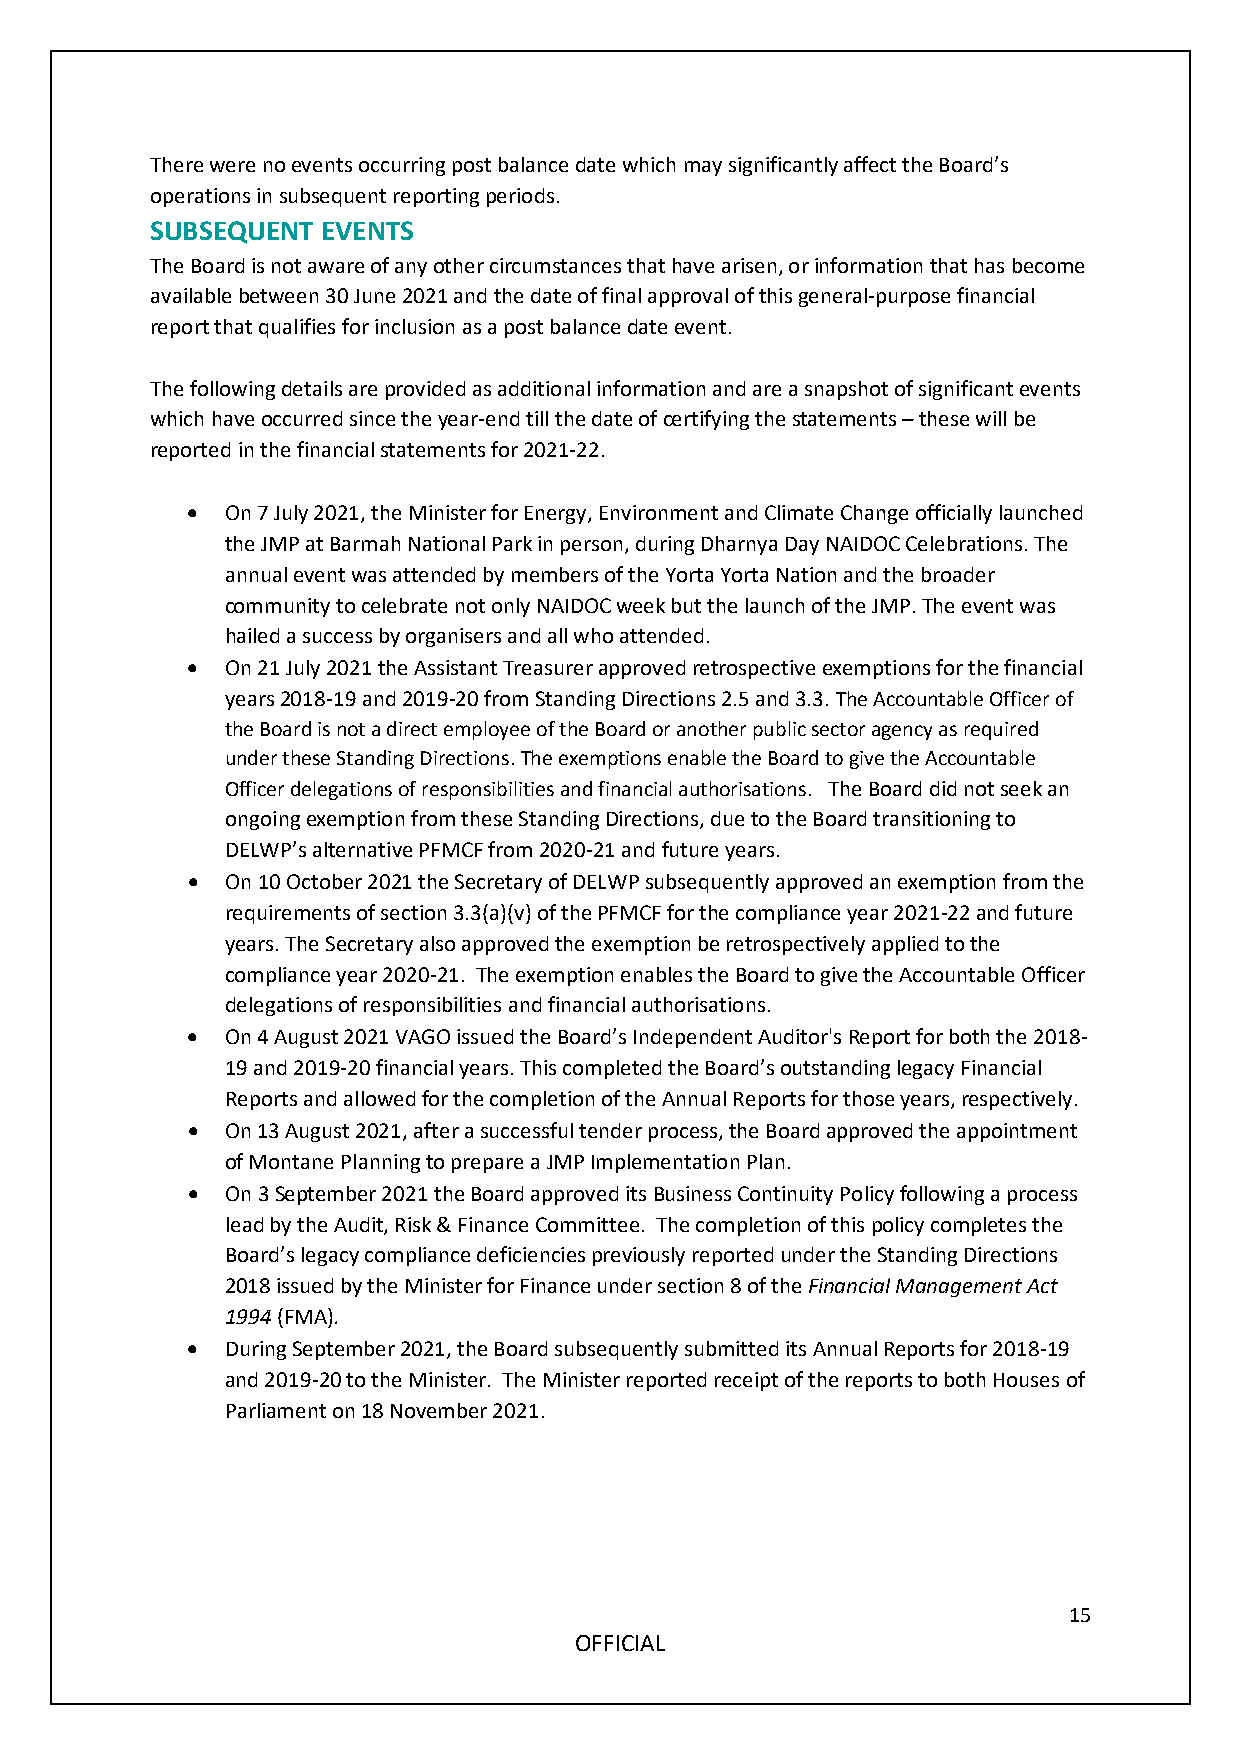
There were no events occurring post balance date which may significantly affect the Board’s
 operations in subsequent reporting periods.
 SUBSEQUENT EVENTS
 The Board is not aware of any other circumstances that have arisen, or information that has become
 available between 30 June 2021 and the date of final approval of this general-purpose financial
 report that qualifies for inclusion as a post balance date event.
 The following details are provided as additional information and are a snapshot of significant events
 which have occurred since the year-end till the date of certifying the statements – these will be
 reported in the financial statements for 2021-22.
 •  On 7 July 2021, the Minister for Energy, Environment and Climate Change officially launched
 the JMP at Barmah National Park in person, during Dharnya Day NAIDOC Celebrations. The
 annual event was attended by members of the Yorta Yorta Nation and the broader
 community to celebrate not only NAIDOC week but the launch of the JMP. The event was
 hailed a success by organisers and all who attended.
 •  On 21 July 2021 the Assistant Treasurer approved retrospective exemptions for the financial
 years 2018-19 and 2019-20 from Standing Directions 2.5 and 3.3. The Accountable Officer of
 the Board is not a direct employee of the Board or another public sector agency as required
 under these Standing Directions. The exemptions enable the Board to give the Accountable
 Officer delegations of responsibilities and financial authorisations. The Board did not seek an
 ongoing exemption from these Standing Directions, due to the Board transitioning to
 DELWP’s alternative PFMCF from 2020-21 and future years.
 •  On 10 October 2021 the Secretary of DELWP subsequently approved an exemption from the
 requirements of section 3.3(a)(v) of the PFMCF for the compliance year 2021-22 and future
 years. The Secretary also approved the exemption be retrospectively applied to the
 compliance year 2020-21. The exemption enables the Board to give the Accountable Officer
 delegations of responsibilities and financial authorisations.
 •  On 4 August 2021 VAGO issued the Board’s Independent Auditor's Report for both the 2018-
 19 and 2019-20 financial years. This completed the Board’s outstanding legacy Financial
 Reports and allowed for the completion of the Annual Reports for those years, respectively.
 •  On 13 August 2021, after a successful tender process, the Board approved the appointment
 of Montane Planning to prepare a JMP Implementation Plan.
 •  On 3 September 2021 the Board approved its Business Continuity Policy following a process
 lead by the Audit, Risk & Finance Committee. The completion of this policy completes the
 Board’s legacy compliance deficiencies previously reported under the Standing Directions
 2018 issued by the Minister for Finance under section 8 of the Financial Management Act
 1994 (FMA).
 •  During September 2021, the Board subsequently submitted its Annual Reports for 2018-19
 and 2019-20 to the Minister. The Minister reported receipt of the reports to both Houses of
 Parliament on 18 November 2021.
 15
 OFFICIAL